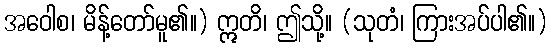
အဝေါစ၊ မိန့်တော်မူ၏။) ဣတိ၊ ဤသို့။ (သုတံ၊ ကြားအပ်ပါ၏။)